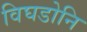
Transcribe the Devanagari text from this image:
विघडोनि